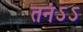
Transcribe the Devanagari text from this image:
तनंऽऽ